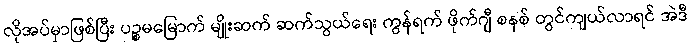
လိုအပ်မှာဖြစ်ပြီး ပဉ္စမမြောက် မျိုးဆက် ဆက်သွယ်ရေး ကွန်ရက် ဖိုက်ဂျီ စနစ် တွင်ကျယ်လာရင် အဲဒီ